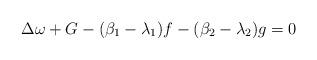
LaTeX: \begin{align*}\Delta\omega+G-(\beta_{1}-\lambda_{1})f-(\beta_{2}-\lambda_{2})g=0\end{align*}